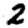
Digit: 2